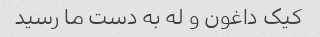
کیک داغون و له به دست ما رسید